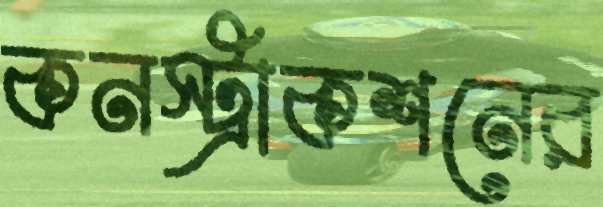
কনস্ট্রাকশনের